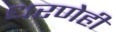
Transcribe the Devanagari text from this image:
धरणेही